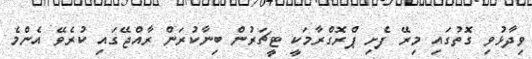
ވިދާޅުވި ގޮތުގައި މިރޭ ފެށި ޕްރޮގްރާމަކީ ޓީޗަރުން ބިނާކުރަން ރާއްޖޭގައި ކުރެވޭ އެންމެ